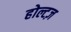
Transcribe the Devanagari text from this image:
होल्टज़